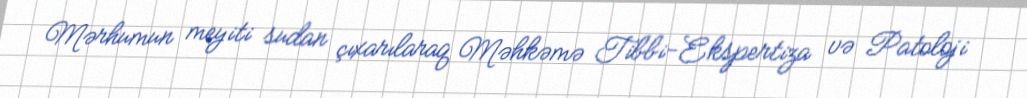
Mərhumun meyiti sudan çıxarılaraq Məhkəmə Tibbi-Ekspertiza və Patoloji